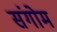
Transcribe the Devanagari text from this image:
संगोम